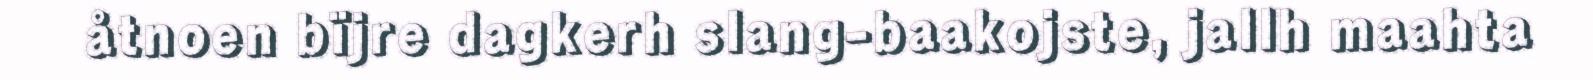
åtnoen bïjre dagkerh slang-baakojste, jallh maahta